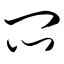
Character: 闷